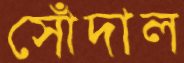
সোঁদাল